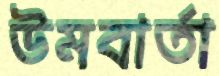
উমবার্তা